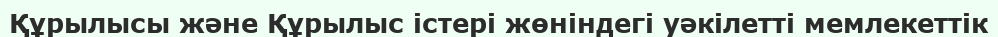
Құрылысы және Құрылыс істері жөніндегі уәкілетті мемлекеттік